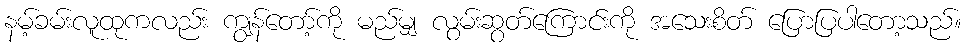
နမ့်ခမ်းလူထုကလည်း ကျွန်တော့်ကို မည်မျှ လွမ်းဆွတ်ကြောင်းကို အသေးစိတ် ပြောပြပါတော့သည်။